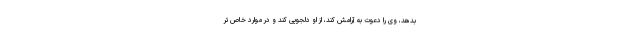
بدهد، وی را دعوت به آرامش کند، از او دلجویی کند و در موارد خاص تر